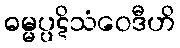
ဓမ္မပ္ပဋိသံဝေဒီဟိ